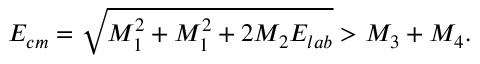
E _ { c m } = \sqrt { M _ { 1 } ^ { 2 } + M _ { 1 } ^ { 2 } + 2 M _ { 2 } E _ { l a b } } > M _ { 3 } + M _ { 4 } .